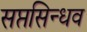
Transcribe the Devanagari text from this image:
सप्तसिन्धव